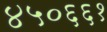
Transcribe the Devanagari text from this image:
४५०६६१